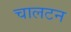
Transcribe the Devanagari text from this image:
चालटन